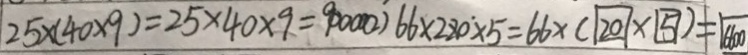
2 5 \times ( 4 0 \times 9 ) = 2 5 \times 4 0 \times 9 = 9 0 0 0 0 ( 2 ) 6 6 \times 2 8 0 \times 5 = 6 6 \times ( \boxed { 2 0 } \times \boxed { 5 } ) = \boxed { 6 6 0 0 }